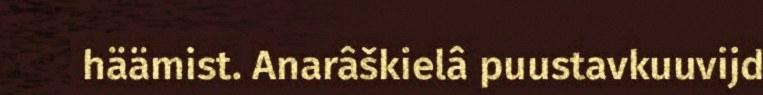
häämist. Anarâškielâ puustavkuuvijd